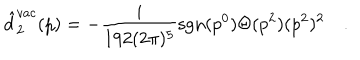
LaTeX: \hat { d } _ { 2 } ^ { v a c } ( p ) = - \frac { i } { 1 9 2 ( 2 \pi ) ^ { 5 } } \mathrm { s g n } ( p ^ { 0 } ) \Theta ( p ^ { 2 } ) ( p ^ { 2 } ) ^ { 2 } \quad .